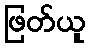
ဖြတ်ယူ